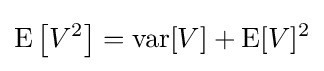
\operatorname {E} \left[V^{2}\right]=\operatorname {var} [V]+\operatorname {E} [V]^{2}